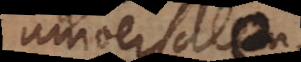
universale,